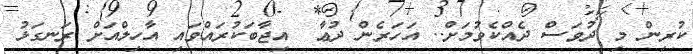
ކުރިން މި ދުވަސް ދެއްކެވުމަށް.. އަހަރެން ދުޢާ  އިޖާބަކުރައްވައި އާހިލްއަށް ރަނގަޅު